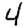
Digit: 4